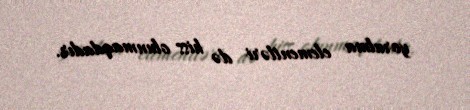
yorulma elementləri də hiss olunmaqdadır.